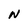
Character: N